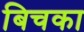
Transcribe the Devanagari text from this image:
बिचका